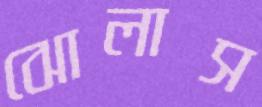
ঝোলাস